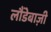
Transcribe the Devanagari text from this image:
लौंडेबाज़ी